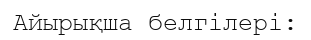
Айырықша белгілері: